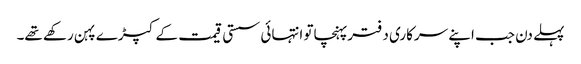
پہلے دن جب اپنے سرکاری دفترپہنچاتو انتہائی سستی قیمت کے کپڑے پہن رکھے تھے۔